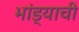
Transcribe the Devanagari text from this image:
भांड्याची